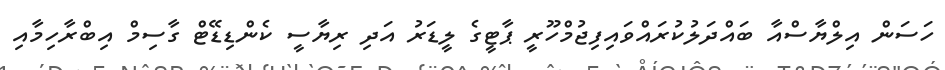
ހަސަން އިލްޔާސްއާ ބައްދަލުކުރައްވައިފިޖުމްހޫރީ ޕާޓީގެ ލީޑަރު އަދި ރިޔާސީ ކެންޑިޑޭޓް ގާސިމް އިބްރާހިމާއި